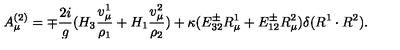
A _ { \mu } ^ { ( 2 ) } = \mp { \frac { 2 i } { g } } ( H _ { 3 } { \frac { v _ { \mu } ^ { 1 } } { \rho _ { 1 } } } + H _ { 1 } { \frac { v _ { \mu } ^ { 2 } } { \rho _ { 2 } } } ) + \kappa ( E _ { 3 2 } ^ { \pm } R _ { \mu } ^ { 1 } + E _ { 1 2 } ^ { \pm } R _ { \mu } ^ { 2 } ) \delta ( R ^ { 1 } \cdot R ^ { 2 } ) .